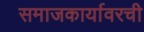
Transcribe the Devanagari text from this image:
समाजकार्यावरची